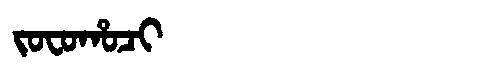
Manchu: ᠵᠣᠸᠣᡥᠣᠴᡳ
Romanization: JOFOHOCI